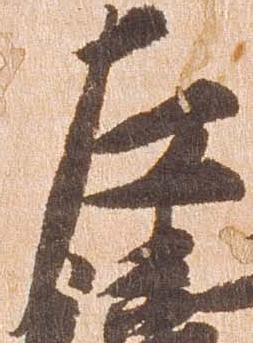
左